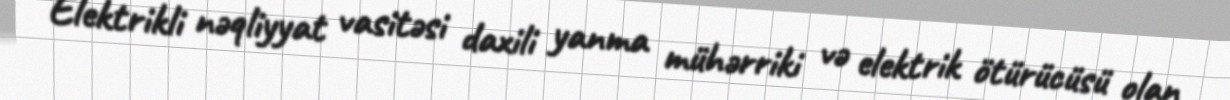
Elektrikli nəqliyyat vasitəsi daxili yanma mühərriki və elektrik ötürücüsü olan